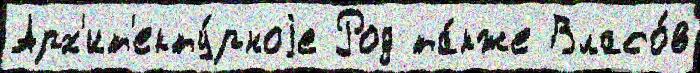
Арх'ит'екту́рноjе Род та́кже Власо́в